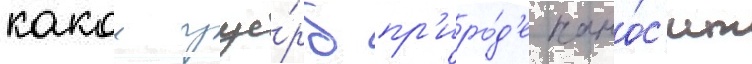
какои уще́рб пр'иро́д'е нано́с'ит